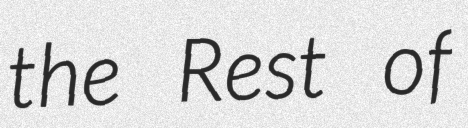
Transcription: the Rest of